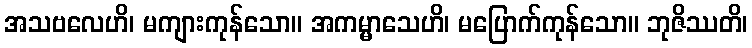
အသဗလေဟိ၊ မကျားကုန်သော။ အကမ္မာသေဟိ၊ မပြောက်ကုန်သော။ ဘုဇိဿတိ၊